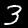
Label: 3